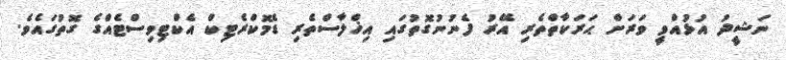
ނަޝީދު އުޅުއްވީ ވަރަށް ޙަރަކާތްތެރި އޭރު ފެނުނުގޮތުގައި އިޚްލާސްތެރި ޑެމޮކްރެޓިކް އެކްޓިވިސްޓެއްގެ ގޮތުގައެވެ.